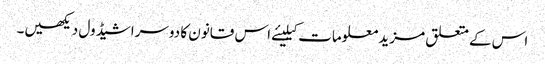
اس کے متعلق مزید معلومات کیلیئے اس قانون کا دوسراشیڈول دیکھیں۔